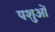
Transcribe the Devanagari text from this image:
पशुआें